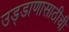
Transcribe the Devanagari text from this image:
उड्डाणासाठीची